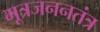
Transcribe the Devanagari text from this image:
मूत्रजननतंत्र